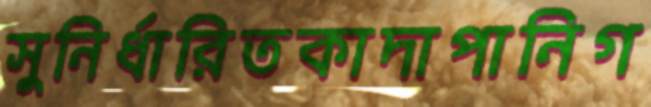
সুনির্ধারিতকাদাপানিগ